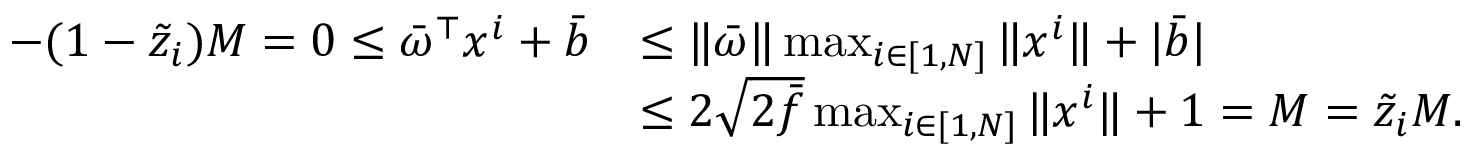
\begin{array} { r l } { - ( 1 - \tilde { z } _ { i } ) M = 0 \leq \bar { \omega } ^ { \top } x ^ { i } + \bar { b } } & { \leq \Vert \bar { \omega } \Vert \operatorname* { m a x } _ { i \in [ 1 , N ] } \Vert x ^ { i } \Vert + \vert \bar { b } \vert } \\ & { \leq 2 \sqrt { 2 \bar { f } } \operatorname* { m a x } _ { i \in [ 1 , N ] } \Vert x ^ { i } \Vert + 1 = M = \tilde { z } _ { i } M . } \end{array}